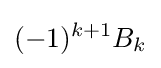
(-1)^{k+1}B_{k}